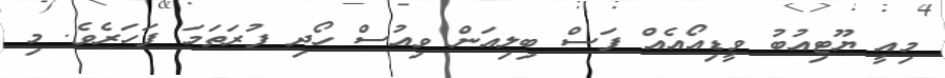
މިއީ ޔޫޓިއުބު ވީޑިއޯއެއް ފަސް ބިލިއަން ވިއުސް ހޯދި ފުރަތަމަ ފަހަރެވެ. މި